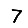
Digit: 7